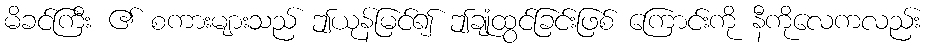
မိခင်ကြီး ၏ စကားများသည် ဤယုန်မြင်၍ ဤချုံထွင်ခြင်းဖြစ် ကြောင်းကို နီကိုလေကလည်း